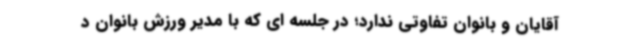
آقایان و بانوان تفاوتی ندارد؛ در جلسه ای که با مدیر ورزش بانوان د